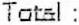
TOTAL :